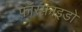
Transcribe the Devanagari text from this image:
फ़ॉस्फ़ाइडो